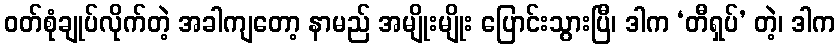
ဝတ်စုံချုပ်လိုက်တဲ့ အခါကျတော့ နာမည် အမျိုးမျိုး ပြောင်းသွားပြီ၊ ဒါက ‘တီရှပ်’ တဲ့၊ ဒါက